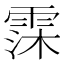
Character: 霂